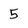
Character: 5